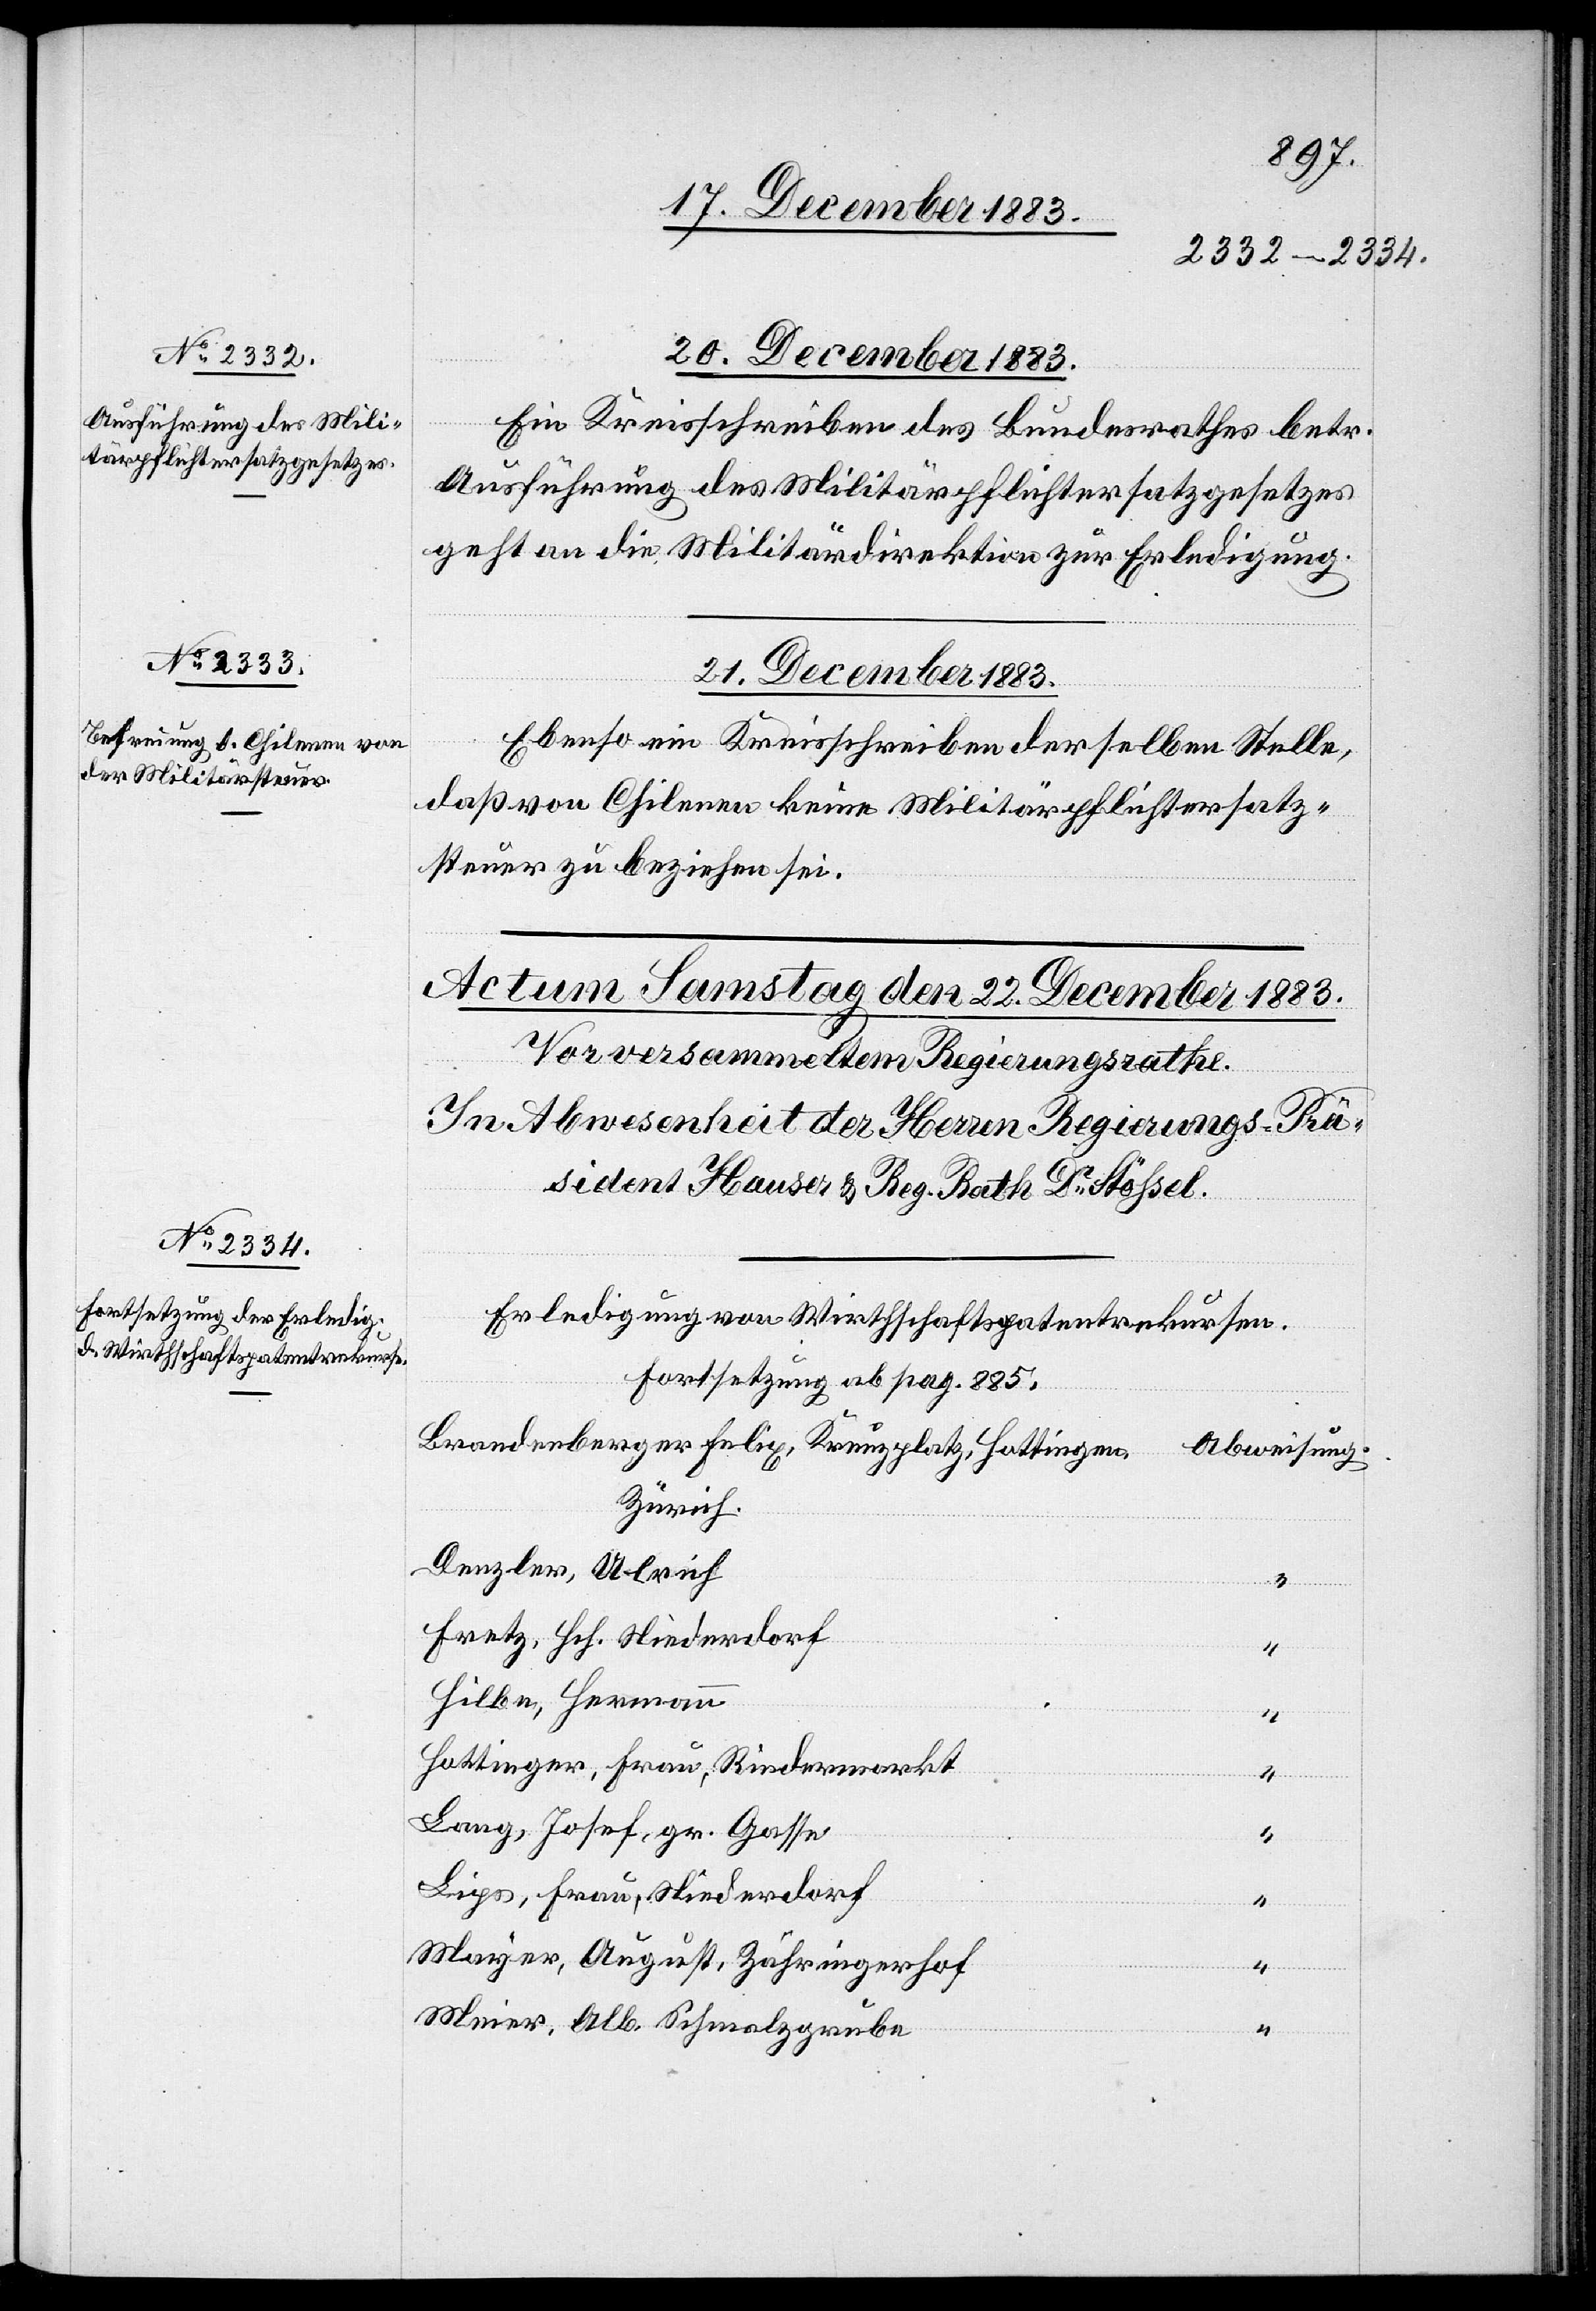
20. December 1883.
Ein Kreisschreiben des Bundesrathes betr.
Ausführung des Militärpflichtersatzgesetzes
geht an die Militärdirektion zur Erledigung.
21. December 1883.
Ebenso ein Kreisschreiben derselben Stelle,
daß von Chilenen keine Militärpflichtersatz¬
steuer zu beziehen sei.
Erledigung von Wirthschaftspatentrekursen.
Fortsetzung ab pag. 885.
Brandenberger Felix, Kreuzplatz, Hottingen,
Abweisung.
Zürich
Denzler, Ulrich
“
Fretz, Hch. Niederdorf
Hilbe, Hermann
Hottinger, Frau, Rindermarkt
Lang, Josef, gr. Fasse
“
Lips, Frau, Niederdorf
“
Mayer, August, Zähringerhof
“
Meier, Alb. Schmalzgrube